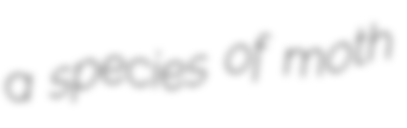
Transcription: a species of moth